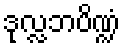
ဒုလ္လဘပိဏ္ဍံ